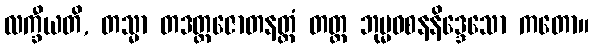
လက္ခီယတိ, တသ္မာ တဒတ္ထဇောတနတ္ထံ တတ္ထ ဘုမ္မဝစနနိဒ္ဒေသော ကတော။